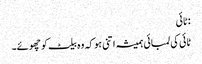
:ٹائی
ٹائی کی لمبائی ہمیشہ اتنی ہو کہ وہ بیلٹ کو چھوئے۔